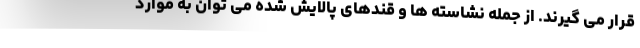
قرار می گیرند. از جمله نشاسته ها و قندهای پالایش شده می توان به موارد